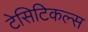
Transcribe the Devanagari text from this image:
टेसिटिकल्स